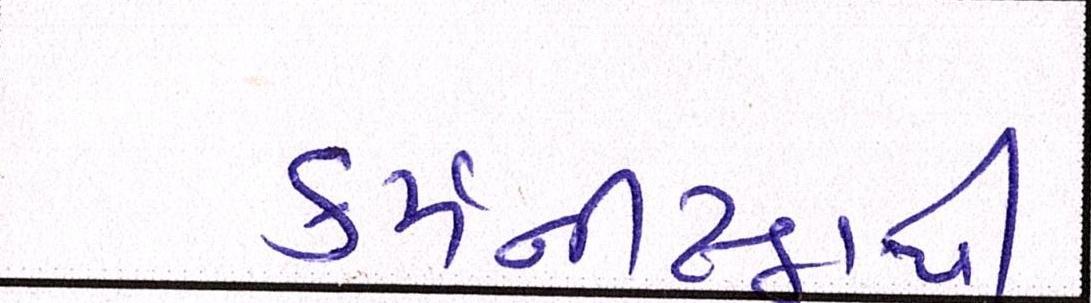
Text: કર્મનીષ્ઠાથી